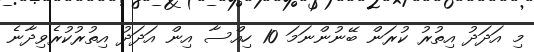
މި އަދަދު އިތުރު ކުރަން ބޭނުންނަމަ 10 ހިއްސާ އިން އަދަދު އިތުރުކުރެވިދާނެ